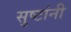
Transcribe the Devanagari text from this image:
सुष्टांनी